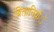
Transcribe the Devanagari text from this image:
ब्रितानियोंें